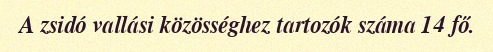
A zsidó vallási közösséghez tartozók száma 14 fő.